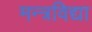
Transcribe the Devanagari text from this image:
मन्त्रविद्या